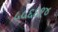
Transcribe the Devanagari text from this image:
५५६६१४